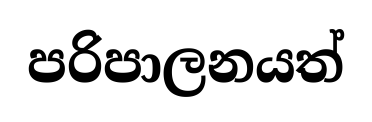
පරිපාලනයත්